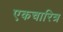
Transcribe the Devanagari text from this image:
एकचारित्र